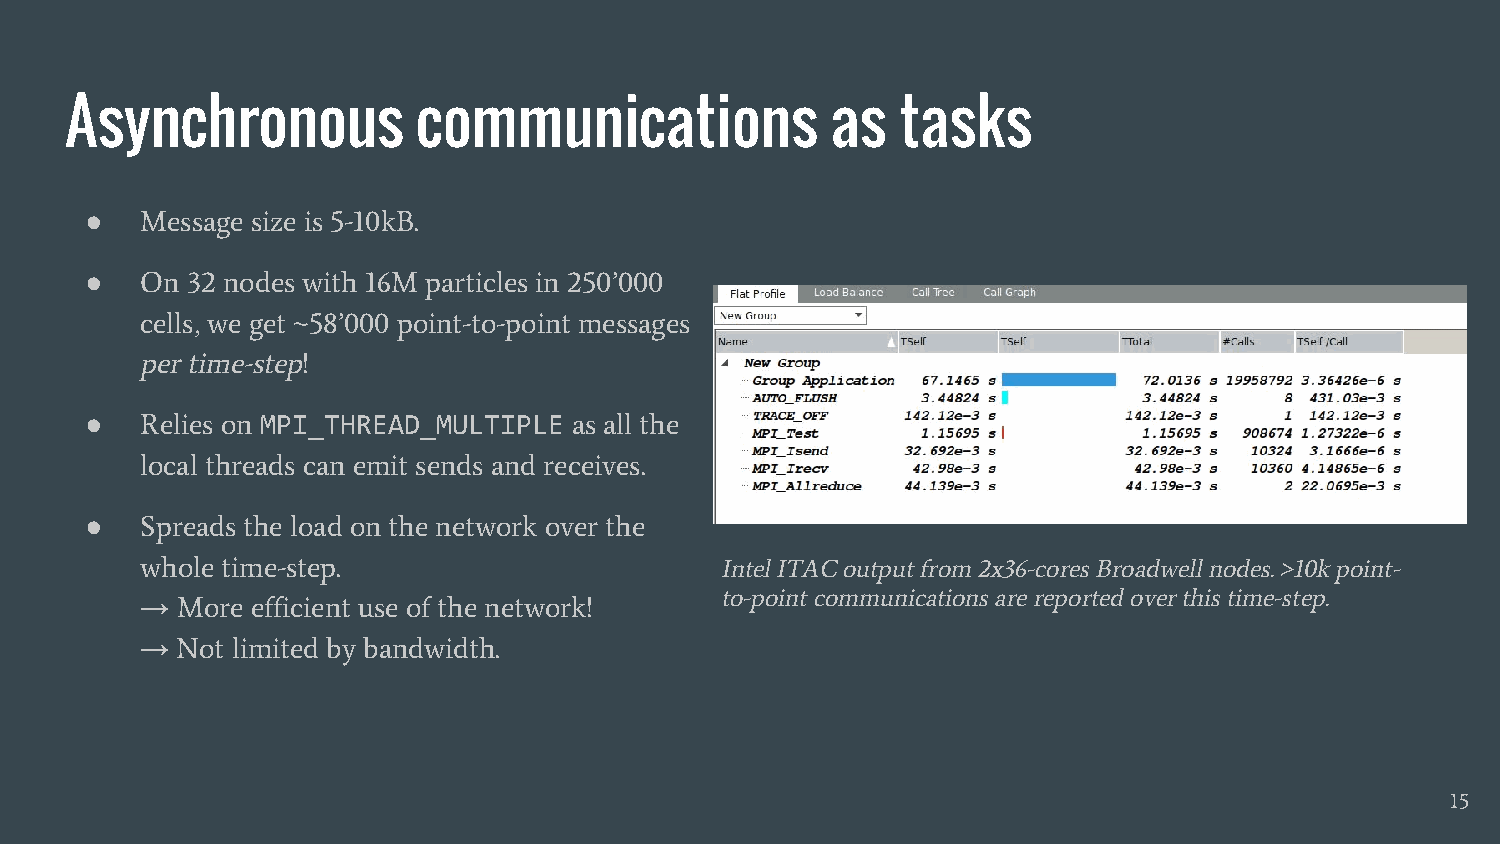
Asynchronous            communications             as   tasks
 ●  Message size is 5-10kB.
 ●  On 32 nodes with 16M particles in 250’000
 cells, we get ~58’000 point-to-point messages
 per time-step!
 ●  Relies on MPI_THREAD_MULTIPLE as all the
 local threads can emit sends and receives.
 ●  Spreads the load on the network over the
 whole time-step.                       Intel ITAC output from 2x36-cores Broadwell nodes. >10k point-
 to-point communications are reported over this time-step.
 →  More efficient use of the network!
 →  Not limited by bandwidth.
 15